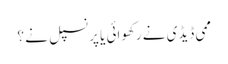
ممی ڈیڈی نے رکھوائی یا پرنسپل نے ؟